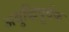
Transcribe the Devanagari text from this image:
अबुद्धिपूर्वक